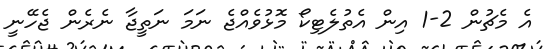
އެ މެޗުން 2-1 އިން އެތުލެޓިކޯ މޮޅުވެއްޖެ ނަމަ ނަތީޖާ ނެރެން ޖެހޭނީ